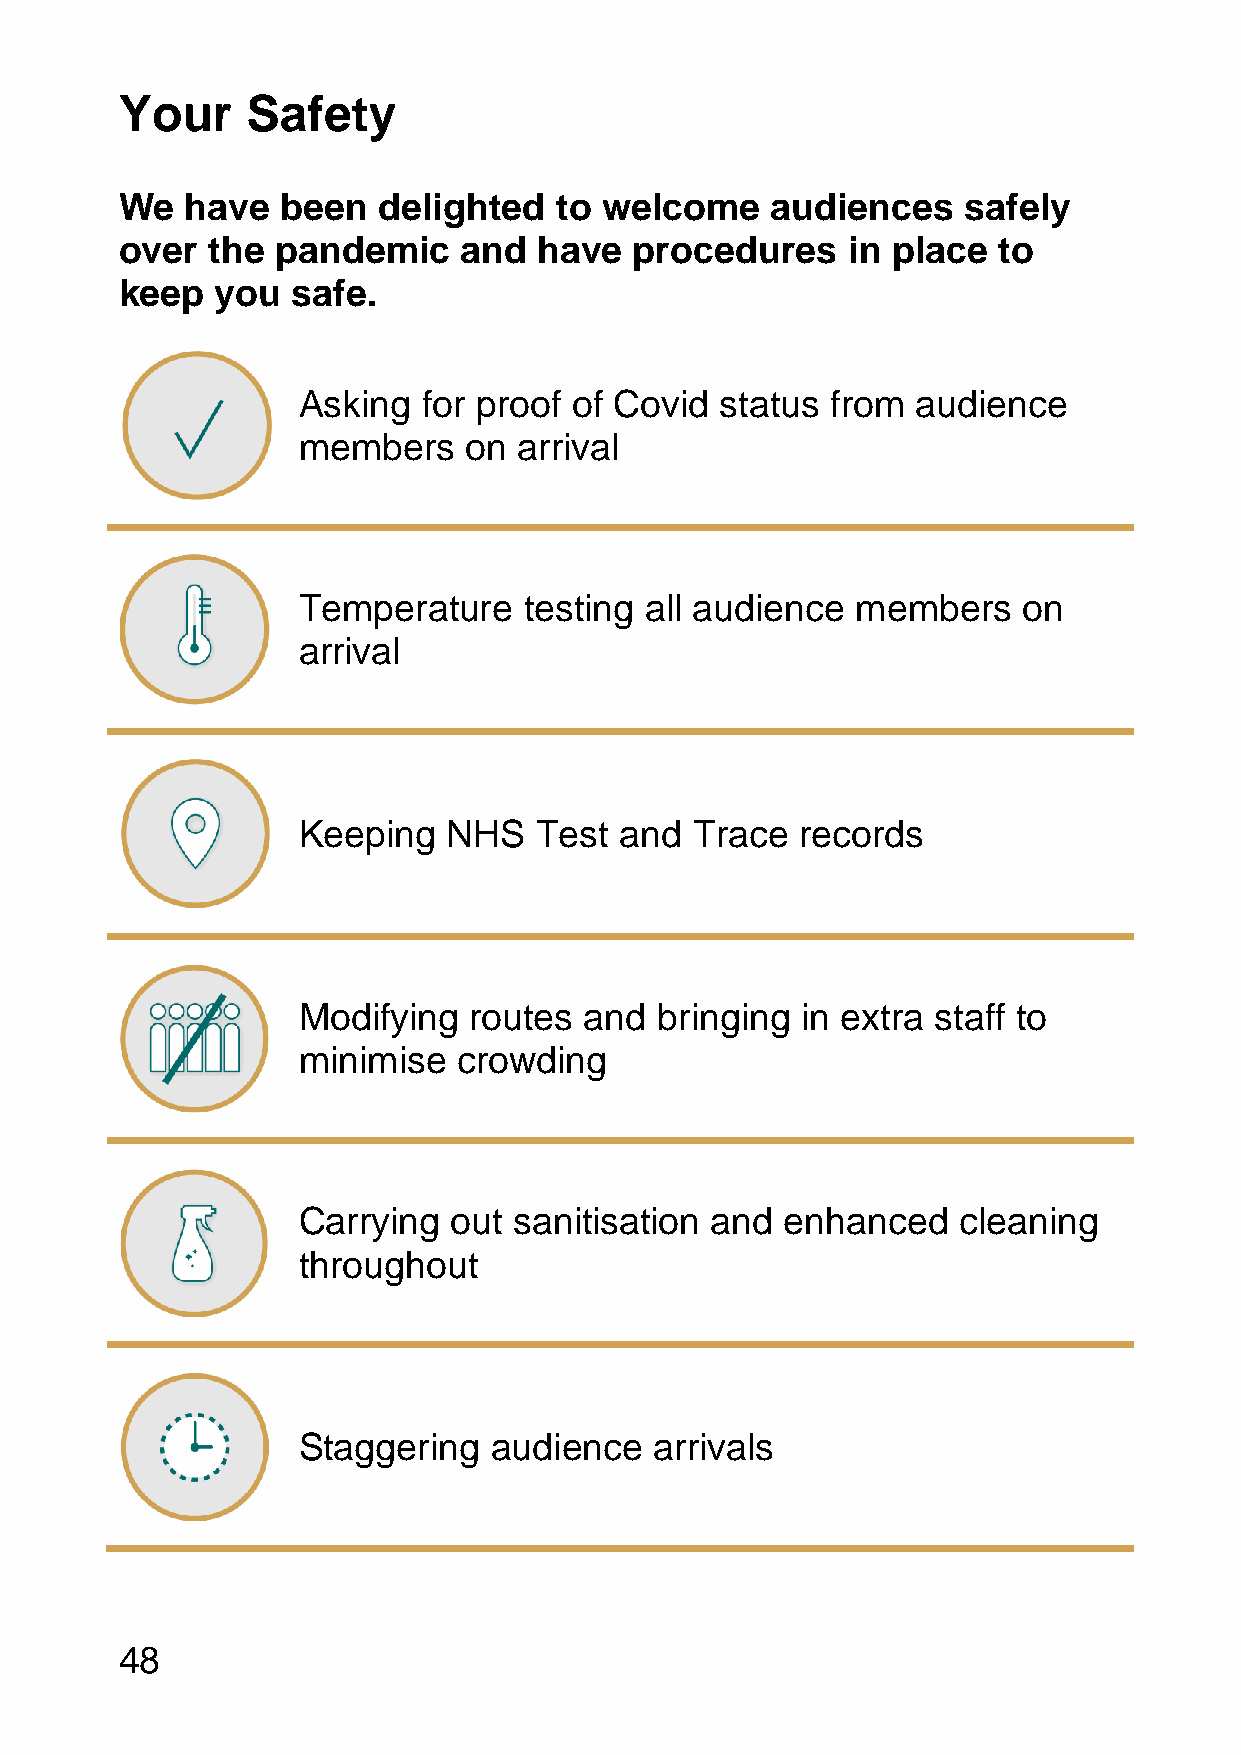
Your    Safety
 We  have   been  delighted   to welcome    audiences    safely
 over  the pandemic    and   have  procedures    in place  to
 keep  you  safe.
 Asking  for proof of Covid  status from  audience
 members    on arrival
 Temperature    testing all audience  members    on
 arrival
 Keeping   NHS  Test  and  Trace  records
 Modifying  routes  and bringing  in extra staff to
 minimise  crowding
 Carrying  out sanitisation and  enhanced   cleaning
 throughout
 Staggering  audience   arrivals
 48